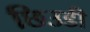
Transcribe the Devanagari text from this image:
छिउडी